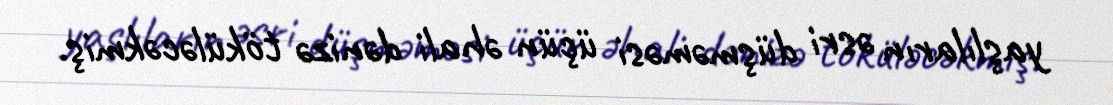
yaşlıların əsri düşməməsi üçün əhali dənizə töküləcəkmiş.